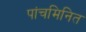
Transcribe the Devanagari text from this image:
पांचमिनित